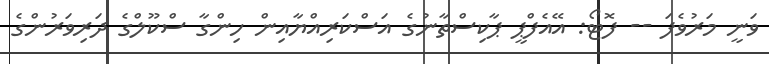
ވަނީ މަރުވެފަ -- ފޮޓޯ: އޭއެފްޕީ ޕާކިސްތާނުގެ އަސްކަރިއްޔާއިން ހިންގާ ސްކޫލްގެ ދަރިވަރުންގެ